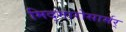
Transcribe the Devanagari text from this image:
मिद्गारोसार्मर्